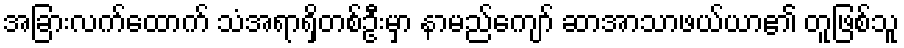
အခြားလက်ထောက် သံအရာရှိတစ်ဦးမှာ နာမည်ကျော် ဆာအာသာဖယ်ယာ၏ တူဖြစ်သူ